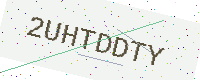
Text: 2UHTDDTY